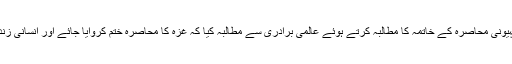
مقررین نے غزہ پر مسلسل صہیونی محاصرہ کے خاتمہ کا مطالبہ کرتے ہوئے عالمی برادری سے مطالبہ کیا کہ غزہ کا محاصرہ ختم کروایا جائے اور انسانی زندگیوں کو تحفظ فراہم کیا جائے۔